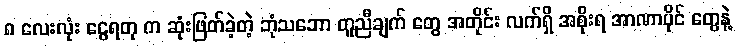
၈ လေးလုံး ငွေရတု က ဆုံးဖြတ်ခဲ့တဲ့ ဘုံသဘော တူညီချက် တွေ အတိုင်း လက်ရှိ အစိုးရ အာဏာပိုင် တွေနဲ့